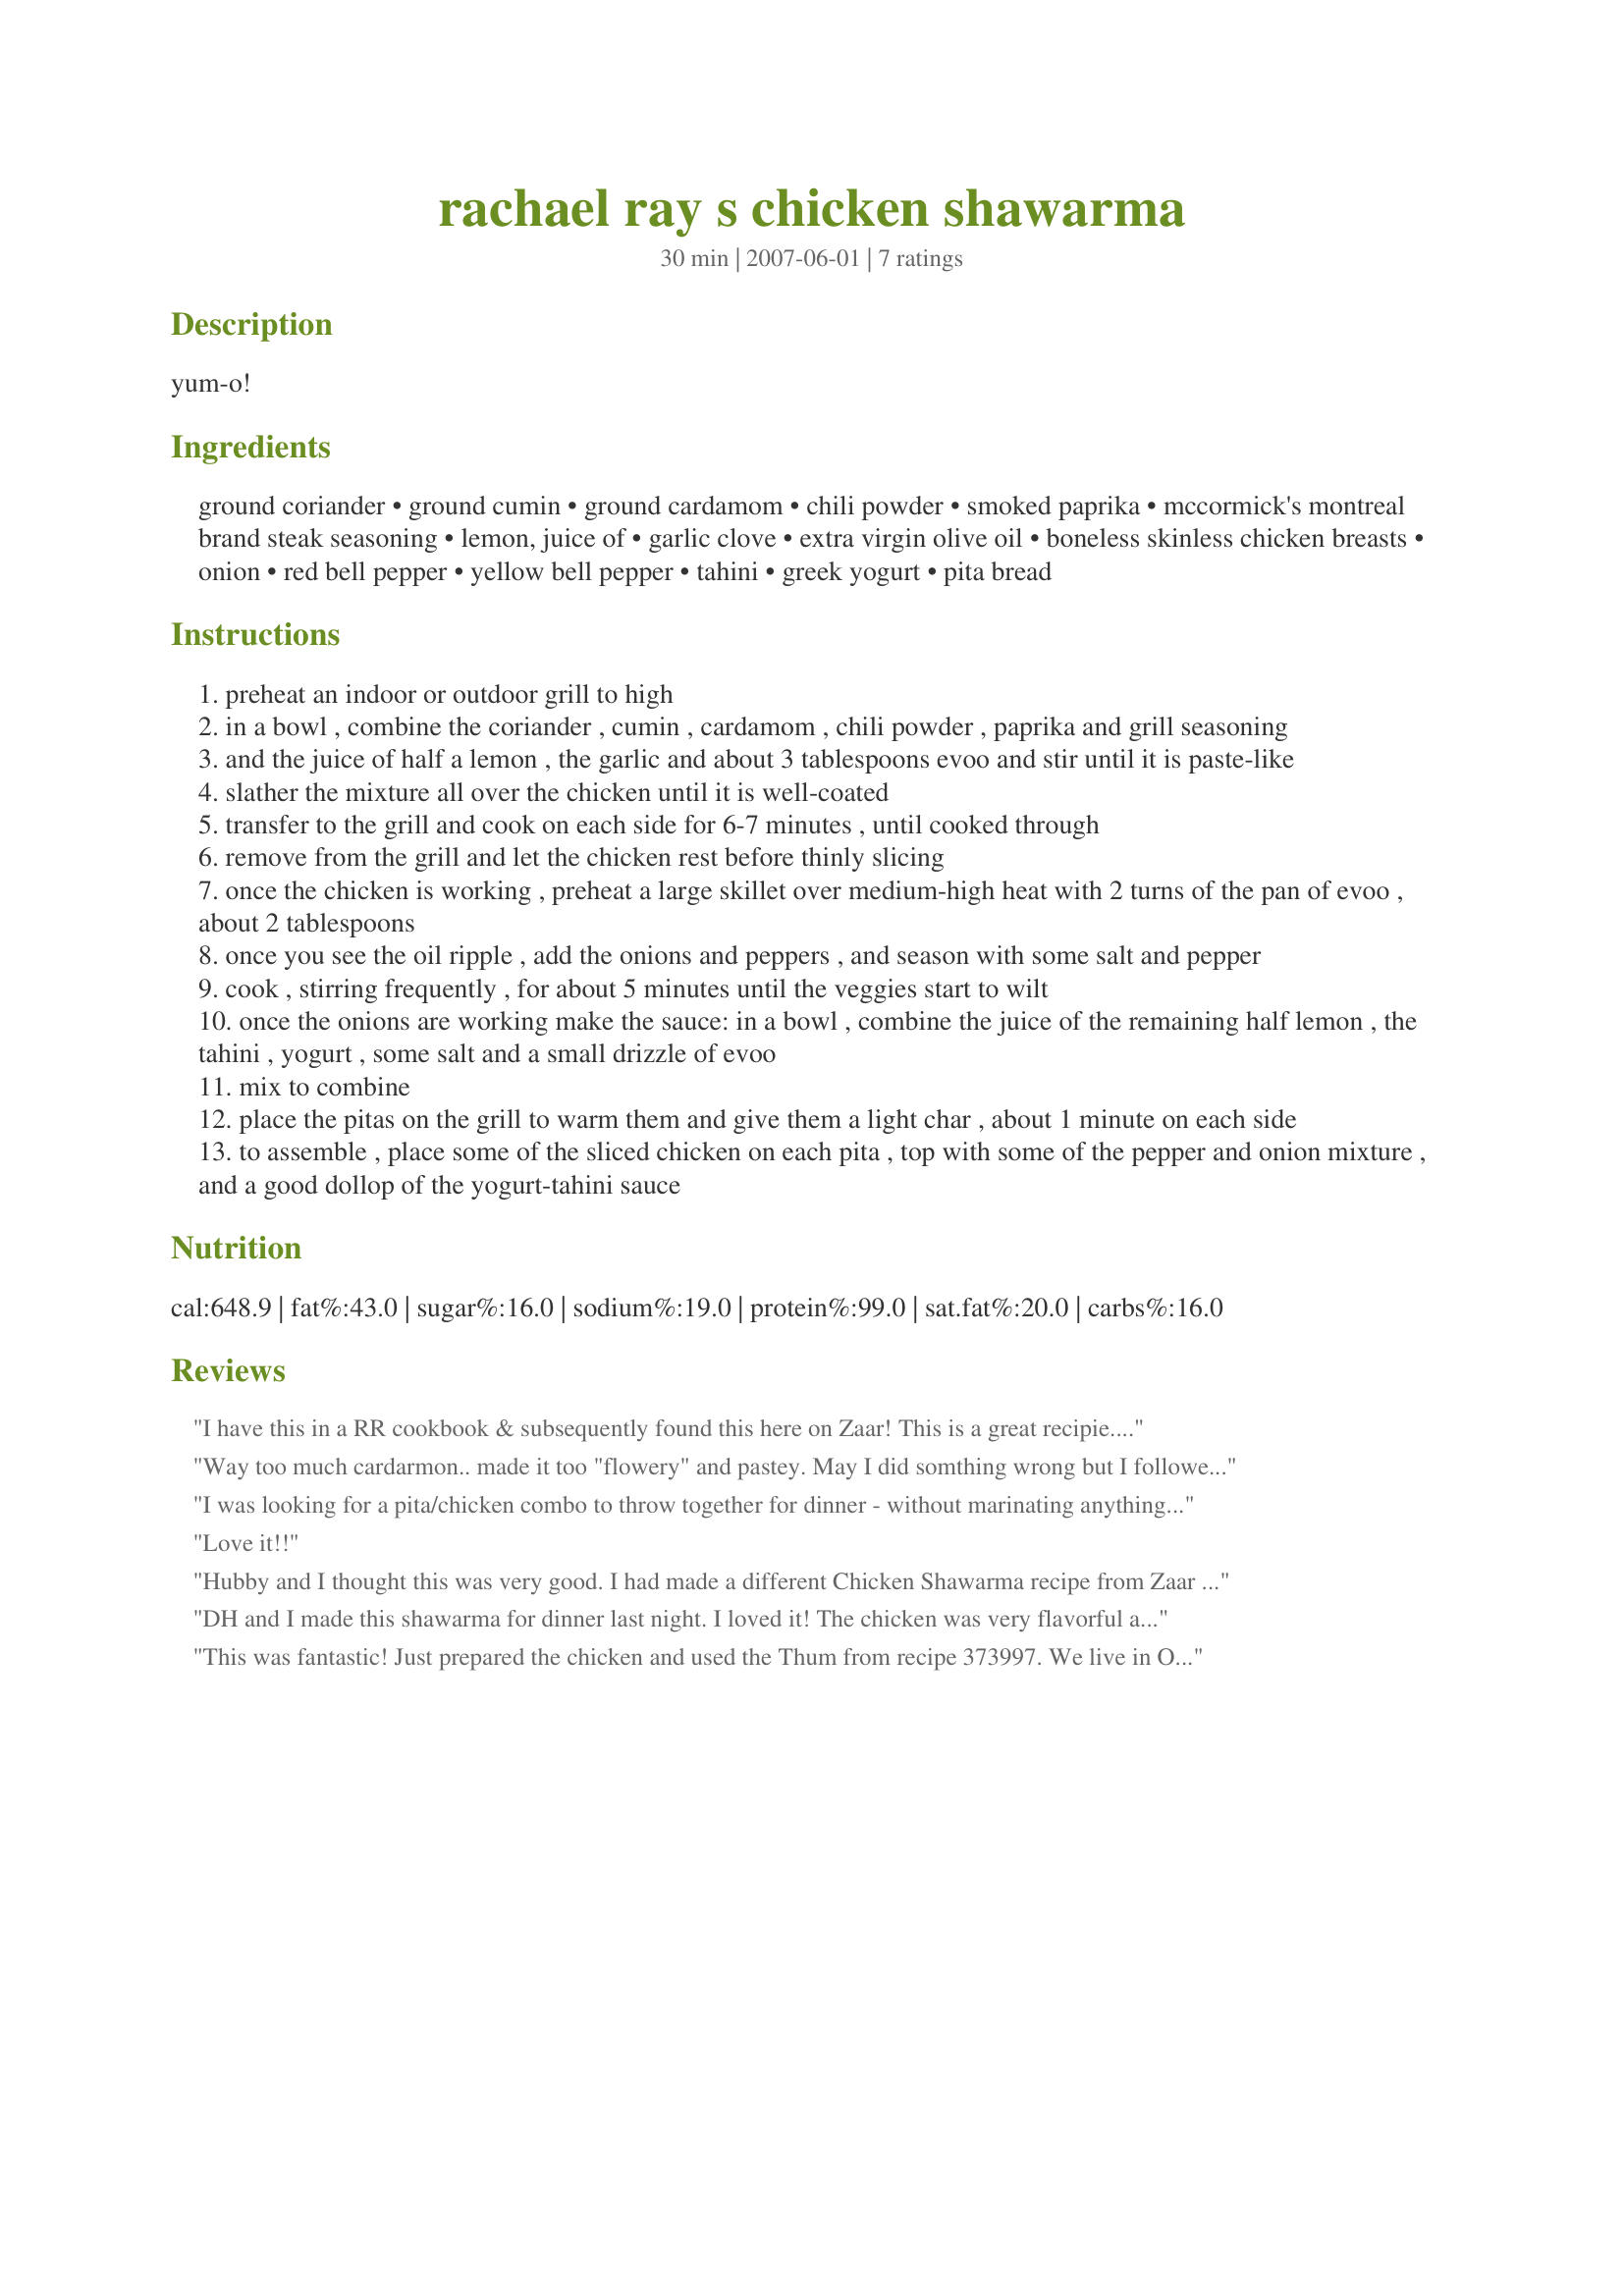
rachael ray s chicken shawarma
Preparation time: 30 minutes

yum-o!

Ingredients:
ground coriander, ground cumin, ground cardamom, chili powder, smoked paprika, mccormick's montreal brand steak seasoning, lemon, juice of, garlic clove, extra virgin olive oil, boneless skinless chicken breasts, onion, red bell pepper, yellow bell pepper, tahini, greek yogurt, pita bread

Steps:
preheat an indoor or outdoor grill to high
in a bowl , combine the coriander , cumin , cardamom , chili powder , paprika and grill seasoning
and the juice of half a lemon , the garlic and about 3 tablespoons evoo and stir until it is paste-like
slather the mixture all over the chicken until it is well-coated
transfer to the grill and cook on each side for 6-7 minutes , until cooked through
remove from the grill and let the chicken rest before thinly slicing
once the chicken is working , preheat a large skillet over medium-high heat with 2 turns of the pan of evoo , about 2 tablespoons
once you see the oil ripple , add the onions and peppers , and season with some salt and pepper
cook , stirring frequently , for about 5 minutes until the veggies start to wilt
once the onions are working make the sauce: in a bowl , combine the juice of the remaining half lemon , the tahini , yogurt , some salt and a small drizzle of evoo
mix to combine
place the pitas on the grill to warm them and give them a light char , about 1 minute on each side
to assemble , place some of the sliced chicken on each pita , top with some of the pepper and onion mixture , and a good dollop of the yogurt-tahini sauce

Reviews:
I have this in a RR cookbook & subsequently found this here on Zaar! This is a great recipie. If you like it really spicy, add a bit of cayenne or some crushed red pepper flakes to the spice mix. I made this with #21855. I had no choice to keep the meat warm in the oven as I started things a bit early. After grilling up on the stove, I made a foil packet & placed the cooked chicken in the foil in a 250 preheated oven to keep warm. My early mistake made the chicken oh-so-tender & it practially fell apart! This was an awesome dinner!
Way too much cardarmon.. made it too "flowery" and pastey. May I did somthing wrong but I followed to the letter and it was not good at all. Back to the drawing board for me...
I was looking for a pita/chicken combo to throw together for dinner - without marinating anything ahead of time...and this fit the bill. I really liked the paste, perfect consistency - very strong flavours. The amount of chili powder could be far too much so I'd suggest adding it last to taste. I only used about 1/2 tsp, and that combined with the steak seasoning was plenty of heat. (All depends what kind of chili powder). The veggie saute was good, we threw in a bunch of different veggies to use them up. The sauce was OK - I only made half the recommended amount and I'm glad I did, it was plenty....very heavy on the tahini, I'd use less next time. And salt...the sauce really needed it. Thanks for posting, it was a pretty good meal, I guess I just need to tweak to our tastes.
Love it!!
Hubby and I thought this was very good. I had made a different Chicken Shawarma recipe from Zaar and wanted to try a different recipe, and this was perfect. I thought I had the Montreal seasoning but discovered at last minute that I did not, so I used some Emeril's Chicken Rub and I also could not find Greek Yogurt, so I used regular. It was still very tasty, and my husband declared that this was one of his favorites that I have made recently. Thanks for posting.
DH and I made this shawarma for dinner last night. I loved it! The chicken was very flavorful and I loved the onion and pepper mixture and the grilled pitas. The yogurt/tahini sauce was good, but the consistency was a little thick for our tastes. I think next time I will try a 1% fat Greek yogurt (vs 2%) or cut back a bit on the tahini. I think a Greek cucumber/yogurt sauce might also taste very nice atop this dish, though I acknowledge that it is not middle eastern. Thanks for posting, I will definitely make this again.
This was fantastic! Just prepared the chicken and used the Thum from recipe 373997. We live in Ottawa where there is seemingly a shawarma restaurant on every corner and this was not at all unlike what we'd get in the shops.
